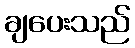
ချပေးသည်